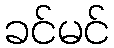
ခင်မင်